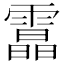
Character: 𩅟